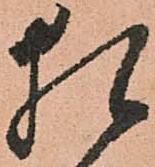
猶